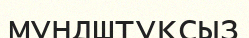
мундштуксыз